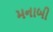
મનાબી